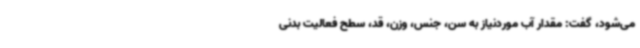
می‌شود، گفت: مقدار آب موردنیاز به سن، جنس، وزن، قد، سطح فعالیت بدنی